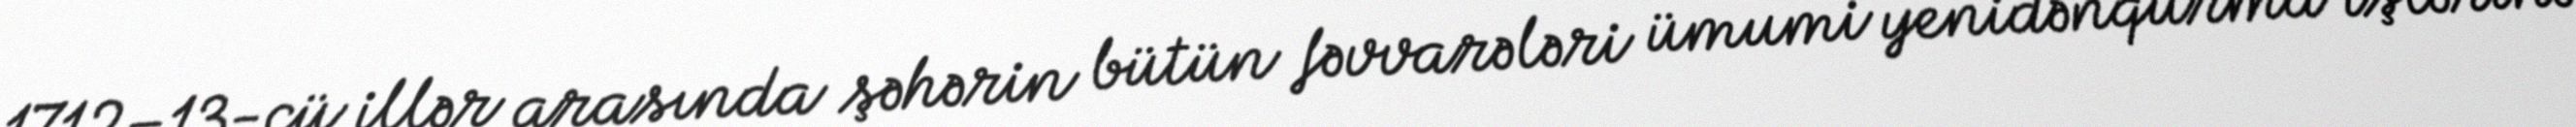
1712–13-cü illər arasında şəhərin bütün fəvvarələri ümumi yenidənqurma işlərinə